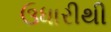
ઉધારીથી